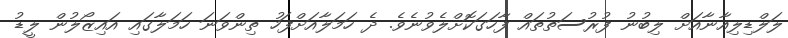
ލަލްޑިލިއާނާއަށް ލިބުނު ފުރުސަތުތައް ފާހަގަކޮށްލެވުނެވެ. ދެ ހަމަލާއަށްފަހު ތިންވަނަ ހަމަލާގައި އައިޒޯލުން ލީޑު